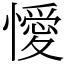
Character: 懓